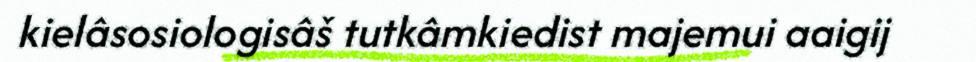
kielâsosiologisâš tutkâmkiedist majemui aaigij